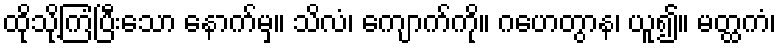
ထိုသို့ကြံပြီးသော နောက်မှ။ သိလံ၊ ကျောက်ကို။ ဂဟေတွာန၊ ယူ၍။ မတ္ထကံ၊